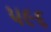
૫૯૬